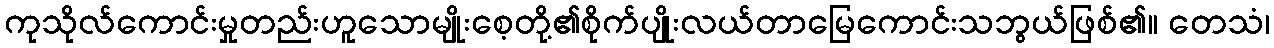
ကုသိုလ်ကောင်းမှုတည်းဟူသောမျိုးစေ့တို့၏စိုက်ပျိုးလယ်တာမြေကောင်းသဘွယ်ဖြစ်၏။ တေသံ၊